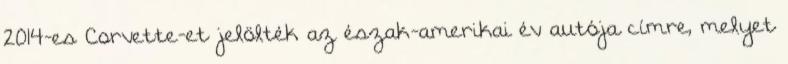
2014-es Corvette-et jelölték az észak-amerikai év autója címre, melyet